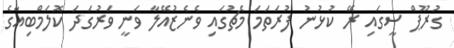
ގުރޫޕް ސީގައި ރޭ ކުޅުނު ފުރަތަމަ މެޗުގައި ވެނެޒުއޭލާ ވަނީ ވަރުގަދަ ކޮލަމްބިއާގެ